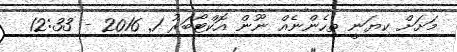
މަށަށް ކިޔަނީ ތިހެންނެއް ނޫން އޮކްޓޯބަރު 1